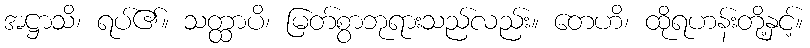
အဋ္ဌာသိ၊ ရပ်၏။ သတ္ထာပိ၊ မြတ်စွာဘုရားသည်လည်း။ တေဟိ၊ ထိုရဟန်းတို့နှင့်။